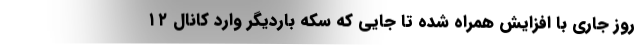
روز جاری با افزایش همراه شده تا جایی که سکه باردیگر وارد کانال ۱۲